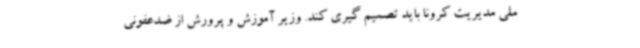
ملی مدیریت کرونا باید تصمیم گیری کند. وزیر آموزش و پرورش از ضدعفونی